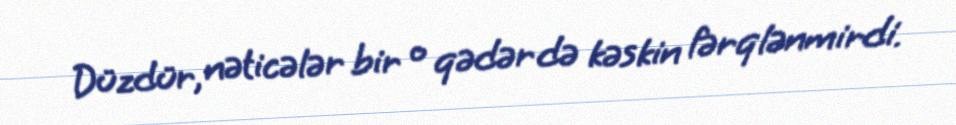
Düzdür, nəticələr bir o qədər də kəskin fərqlənmirdi.